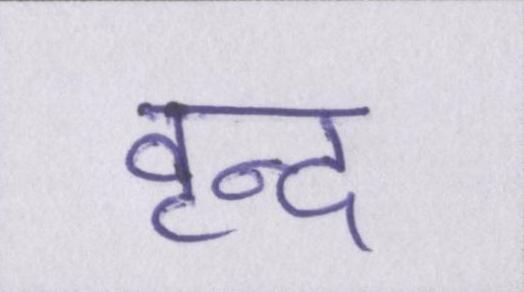
वृन्द